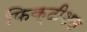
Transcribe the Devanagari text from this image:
फिक्टीशस